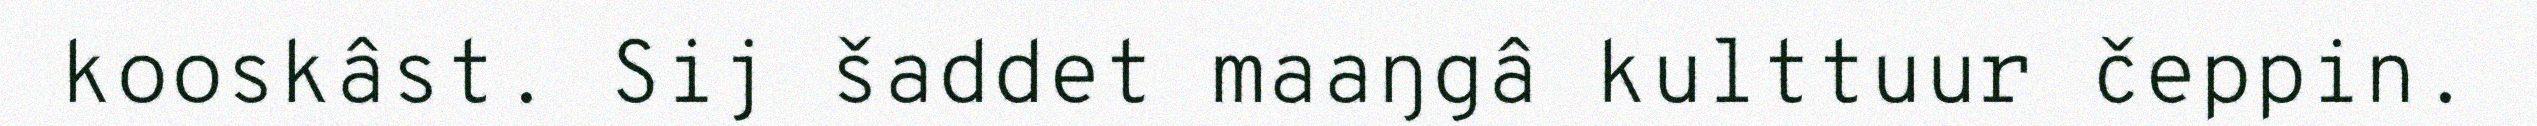
kooskâst. Sij šaddet maaŋgâ kulttuur čeppin.